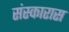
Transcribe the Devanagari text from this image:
संस्कारास